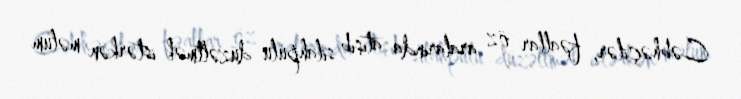
Cəbhəçilər, fəallar öz aralarında atışıb silahpulu düzəltmək istərkən məlum